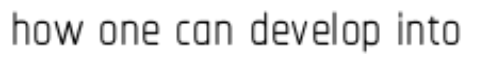
how one can develop into